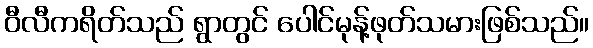
ဝီလီကရိတ်သည် ရွာတွင် ပေါင်မုန့်ဖုတ်သမားဖြစ်သည်။